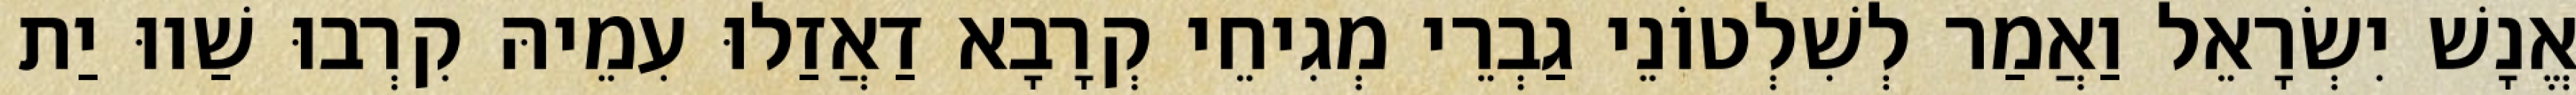
אֱנָשׁ יִשְׂרָאֵל וַאֲמַר לְשִׁלְטוֹנֵי גַבְרֵי מְגִיחֵי קְרָבָא דַאֲזַלוּ עִמֵיהּ קִרְבוּ שַׁווּ יַת